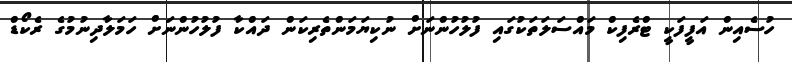
ހުސެއިން އަފީފަކީ ޓްރެފިކް މައްސަލަތަކުގައި ފުލުހުންނަށް ނުކިޔަމަންތެރިކަން ދައްކާ ފުލުހުންނަށް ހަމަލާދިނުމުގެ ރެކޯޑް